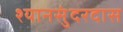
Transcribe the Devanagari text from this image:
श्यानसुंदरदास